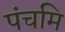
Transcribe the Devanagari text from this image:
पंचमि